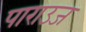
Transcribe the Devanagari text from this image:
पाराउज